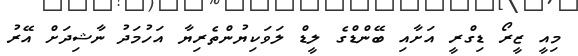
މިއީ ޒީރޯ ޑިގްރީ އަށާއި ބޭންޑްގެ ލީޑް ލަވަކިޔުންތެރިޔާ އަހުމަދު ނާޝިދަށް އޭރު